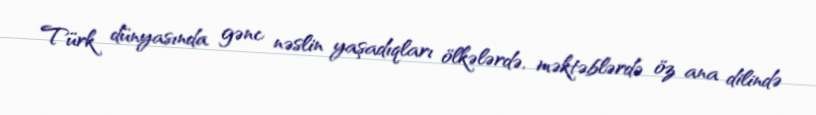
Türk dünyasında gənc nəslin yaşadıqları ölkələrdə, məktəblərdə öz ana dilində